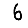
Digit: 6